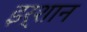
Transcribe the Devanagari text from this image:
इर्शान